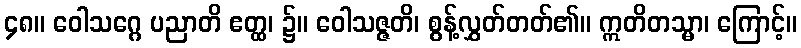
၄၈။ ဝေါသဂ္ဂေ ပညာတိ ဧတ္ထ၊ ၌။ ဝေါသဇ္ဇတိ၊ စွန့်လွှတ်တတ်၏။ ဣတိတသ္မာ၊ ကြောင့်။